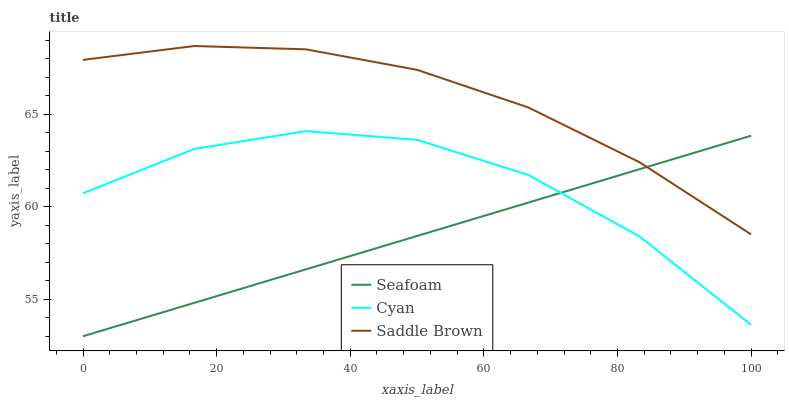
| xaxis_label | Seafoam | Cyan | Saddle Brown |
 | --- | --- | --- | --- |
 | 0 | 53 | 60.7 | 67.9 |
 | 16.7 | 54.8 | 63.1 | 68.7 |
 | 33.3 | 56.6 | 64.1 | 68.5 |
 | 50 | 58.4 | 63.6 | 67.4 |
 | 66.7 | 60.2 | 61.7 | 65.4 |
 | 83.3 | 62 | 58.4 | 62.4 |
 | 100 | 63.8 | 53.6 | 58.5 |